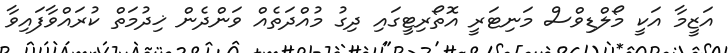
އަޒީމާ އަކީ މޯލްޑިވްސް މަނިޓަރީ އޮތޯރިޓީގައި ދިގު މުއްދަތެއް ވަންދެން ޚިދުމަތް ކުރައްވާފައިވާ